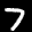
Label: 7